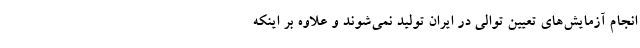
انجام آزمایش‌های تعیین توالی در ایران تولید نمی‌شوند و علاوه بر اینکه